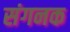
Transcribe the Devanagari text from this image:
संगनक